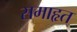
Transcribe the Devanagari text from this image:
समाहृत